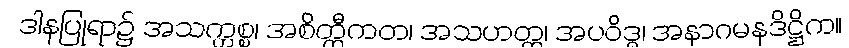
ဒါနပြုရာ၌ အသက္ကစ္စ၊ အစိတ္တီကတ၊ အသဟတ္ထ၊ အပဝိဒ္ဓ၊ အနာဂမနဒိဋ္ဌိက။